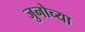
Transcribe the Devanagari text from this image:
जुनोच्या